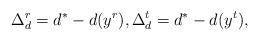
LaTeX: \begin{align*}\Delta_d^r=d^*-d(y^r), \Delta_d^t=d^*-d(y^t),\end{align*}